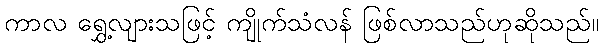
ကာလ ရွှေ့လျားသဖြင့် ကျိုက်သံလန် ဖြစ်လာသည်ဟုဆိုသည်။